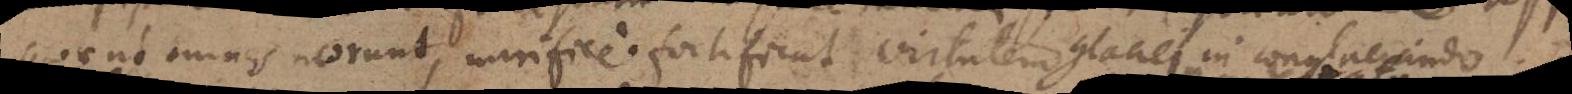
quae ut omnes norunt, mirifice fortificat virtutem glaciei in conglaciando.